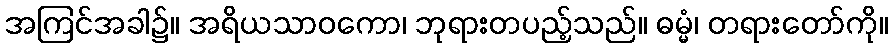
အကြင်အခါ၌။ အရိယသာဝကော၊ ဘုရားတပည့်သည်။ ဓမ္မံ၊ တရားတော်ကို။